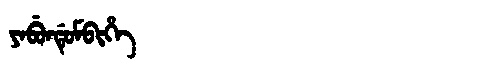
Manchu: ᠶᠠᠪᡠᠨᡩᡠᠮᠪᡳᡥᡝ
Romanization: YABUNDUMBIHE